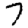
Digit: 7